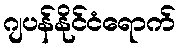
ဂျပန်နိုင်ငံရောက်